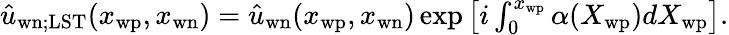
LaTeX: \begin{array}{r}{\hat{u}_{\mathrm{wn};\mathrm{LST}}(x_{\mathrm{wp}},x_{\mathrm{wn}})=\hat{u}_{\mathrm{wn}}(x_{\mathrm{wp}},x_{\mathrm{wn}})\exp\left[i\int_{0}^{x_{\mathrm{wp}}}\alpha(X_{\mathrm{wp}})dX_{\mathrm{wp}}\right].}\end{array}